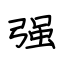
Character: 强